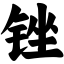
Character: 锉